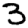
Digit: 3